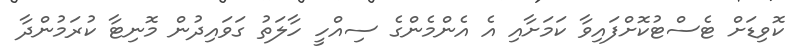
ކޮވިޑަށް ޓެސްޓުކޮށްފައިވާ ކަމަށާއި އެ އެންމެންގެ ސިއްހީ ހާލަތު ގަވައިދުން މޮނިޓާ ކުރަމުންދާ